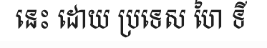
នេះ ដោយ ប្រទេស ហៃ ទី